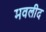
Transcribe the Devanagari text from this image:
मवलीद